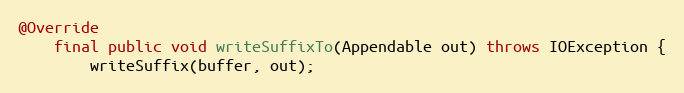
Language: Java
@Override
	final public void writeSuffixTo(Appendable out) throws IOException {
		writeSuffix(buffer, out);